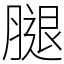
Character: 腿